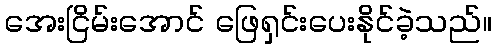
အေးငြိမ်းအောင် ဖြေရှင်းပေးနိုင်ခဲ့သည်။